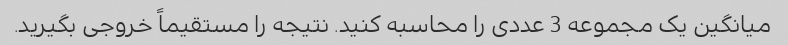
میانگین یک مجموعه 3 عددی را محاسبه کنید. نتیجه را مستقیماً خروجی بگیرید.